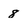
Character: 8